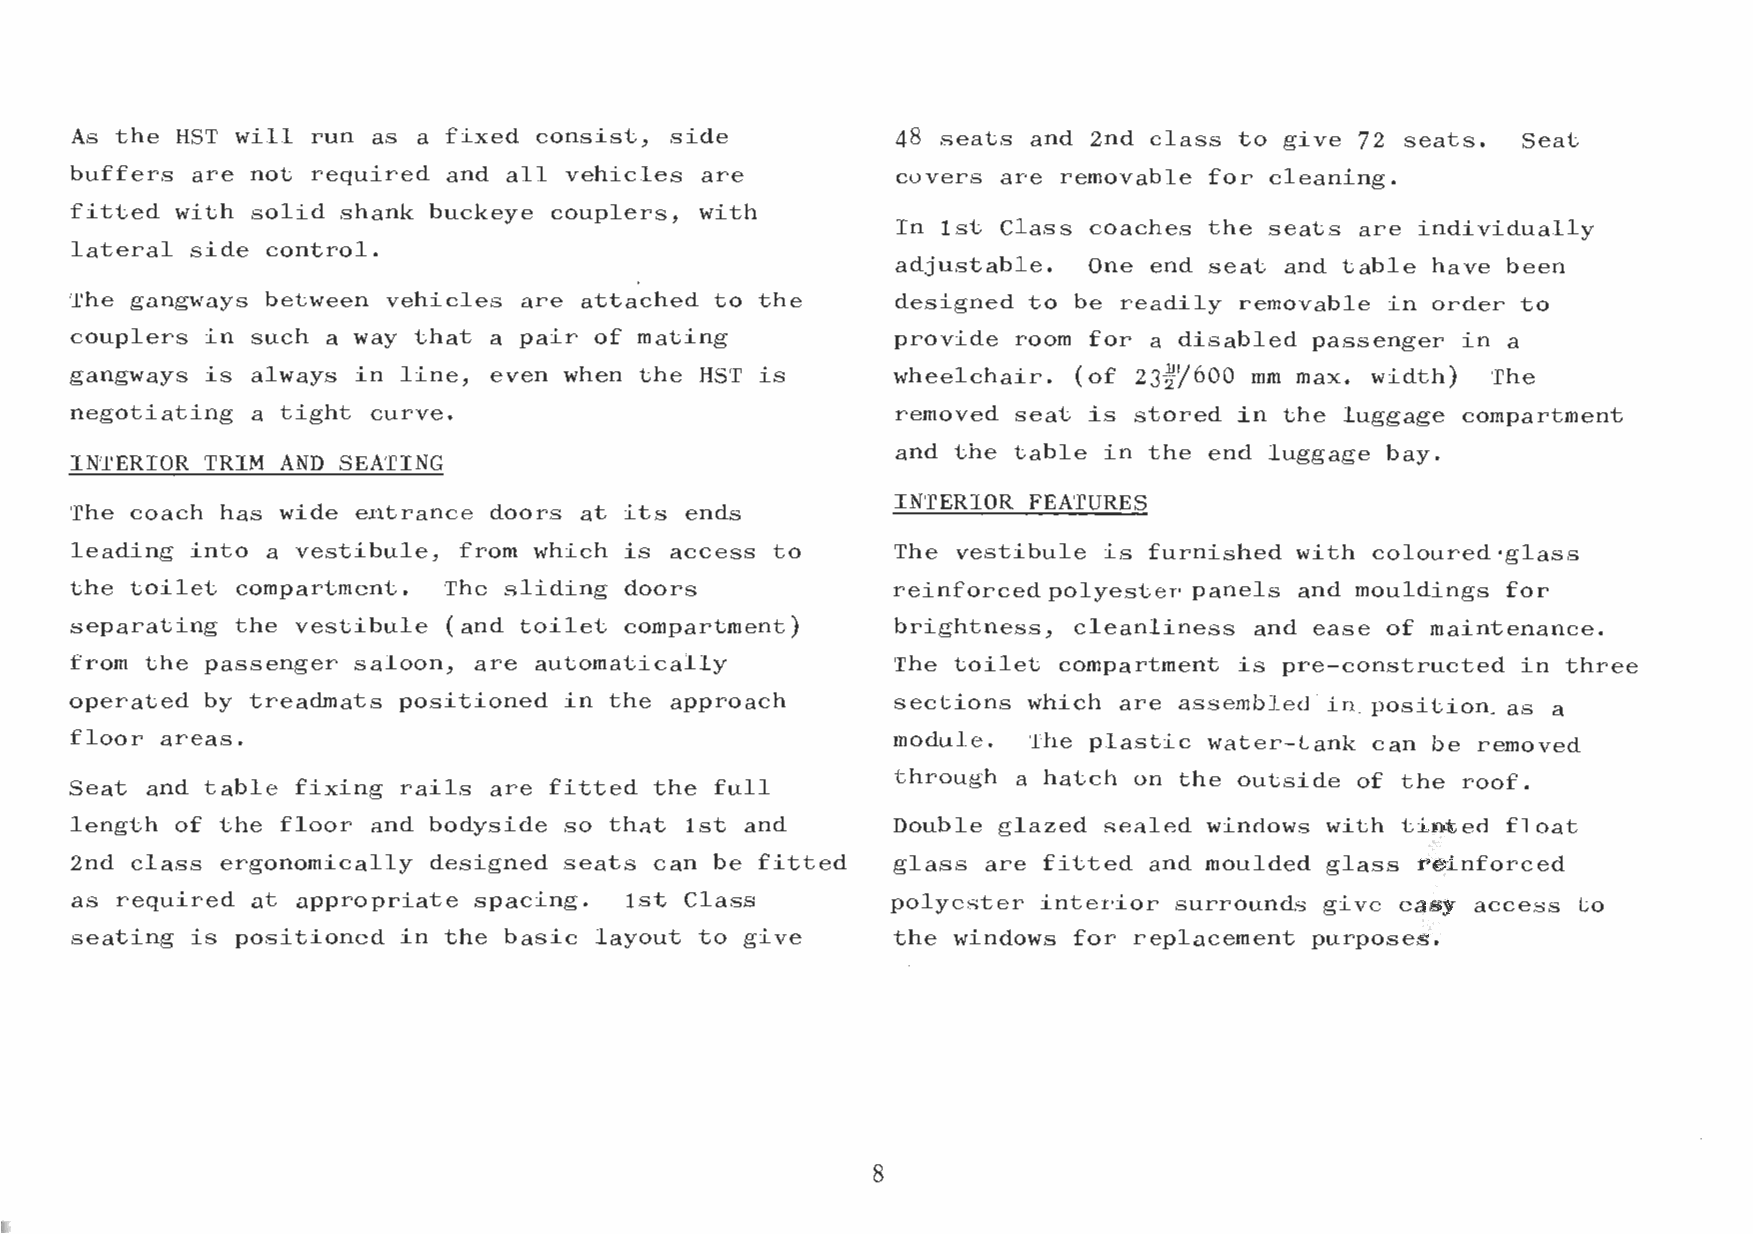
As the HST w i l l run as a fixed consist, side       48 seats and 2nd class t o give 72 seats. Seat
 buffers are not required and a l l vehicles are       covers are removable for cleaning.
 fitted with solid shank buckeye couplers, with
 In 1st Class coaches the seats are individually
 lateral side control.
 adjustable.  One end seat and table have been
 The gangways between vehicles are attached t o the    designed t o be readily removable i n order t o
 couplers i n such a way that a pair of mating         provide room for a disabled passenger i n a
 gangways is always i n line, even when the HST is     wheelchair. (of 234y600 mm max. width)  The
 negotiating a tight curve.                                             tored i n the luggage compartment
 the end luggage bay.
 INTERIOR TRIM AND SEATING
 The coach has wide entrance doors a t its ends
 leading into a vestibule, from which is access t o                     furnished with coloured *glass
 the toilet compartment. The sliding doors             r.elru urceu pulyester panels and mouldings for
 separating the vestibule (and toilet compartment)     brightness, cleanliness and ease of maintenance.
 from the passenger saloon, are automatically          The toilet compartment is pre-constructed i n three
 operated by treadmats positioned i n the approach     sections which are assembled' in. position- as a
 floor areas.                                          module.  The plastic water-tank can be removed
 through a hatch on the outside of the roof.
 Seat and table fixing rails are fitted the f u l l
 length of the floor and bodyside so that 1st and      Double glazed sealed windows with tinted float
 2nd class ergonomically designed seats can be fitted  glass are fitted and moulded glass reinforced
 as required a t appropriate spacing. 1st Class        polyester interior surrounds give easy access to
 seating is positioned i n the basic layout t o give   the windows for replacement purposes.